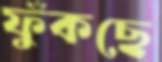
ফুঁকছে